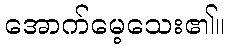
အောက်မေ့သေး၏။